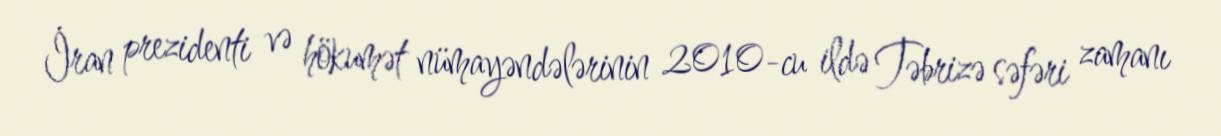
İran prezidenti və hökumət nümayəndələrinin 2010-cu ildə Təbrizə səfəri zamanı